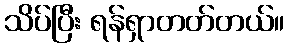
သိပ်ပြီး ရန်ရှာတတ်တယ်။